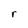
Character: r